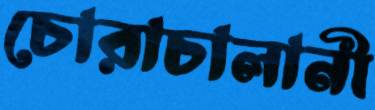
চোরাচালানী